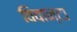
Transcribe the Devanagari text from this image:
विवान्टा